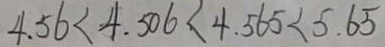
4 . 5 6 < 4 . 5 0 6 < 4 . 5 6 5 < 5 . 6 5